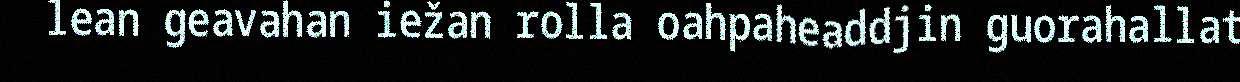
lean geavahan iežan rolla oahpaheaddjin guorahallat